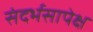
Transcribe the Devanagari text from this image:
संदर्भसापेक्ष